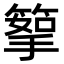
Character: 𥰪